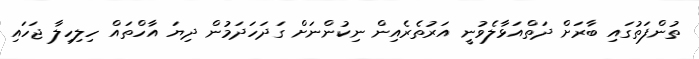
ތުންފަތުގައި ބާރަށް ދަތްއަޅާލެވުނީ އަރުތެރެއިން ނިކުންނަށް ގަދަހަދަމުން ދިޔަ އާހްތައް ހިލިހިލާ ޖަހައި